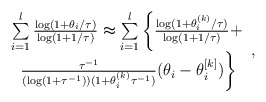
\begin{align*} \begin{array}{c}\sum \limits_{i=1}^l \frac{\log(1+ \theta_i/\tau)}{\log(1+1/\tau)}\thickapprox \sum \limits_{i=1}^l \left\{\frac{\log(1+ \theta^{(k)}_i/\tau)}{\log(1+1/\tau)}+ \right. \\\left.\frac{\tau^{-1}}{(\log(1+\tau^{{-1}}))(1+\theta^{(k)}_i\tau^{{-1}})}(\theta_i-\theta^{[k]}_i) \right\}\end{array},\end{align*}